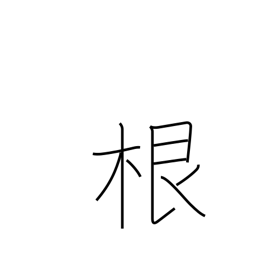
Meaning: root